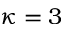
\kappa = 3